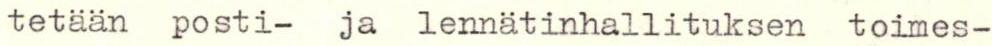
tetään posti- ja lennätinhallituksen toimes-